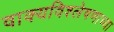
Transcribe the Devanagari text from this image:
वाक्यविश्लेषणाच्या